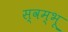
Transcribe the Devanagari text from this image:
स्वम्भू